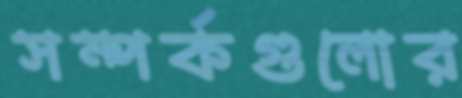
সম্পর্কগুলোর